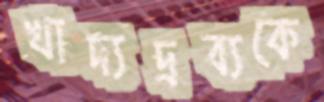
খাদ্যদ্রব্যকে